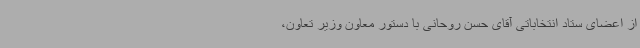
از اعضای ستاد انتخاباتی آقای حسن روحانی با دستور معاون وزیر تعاون،